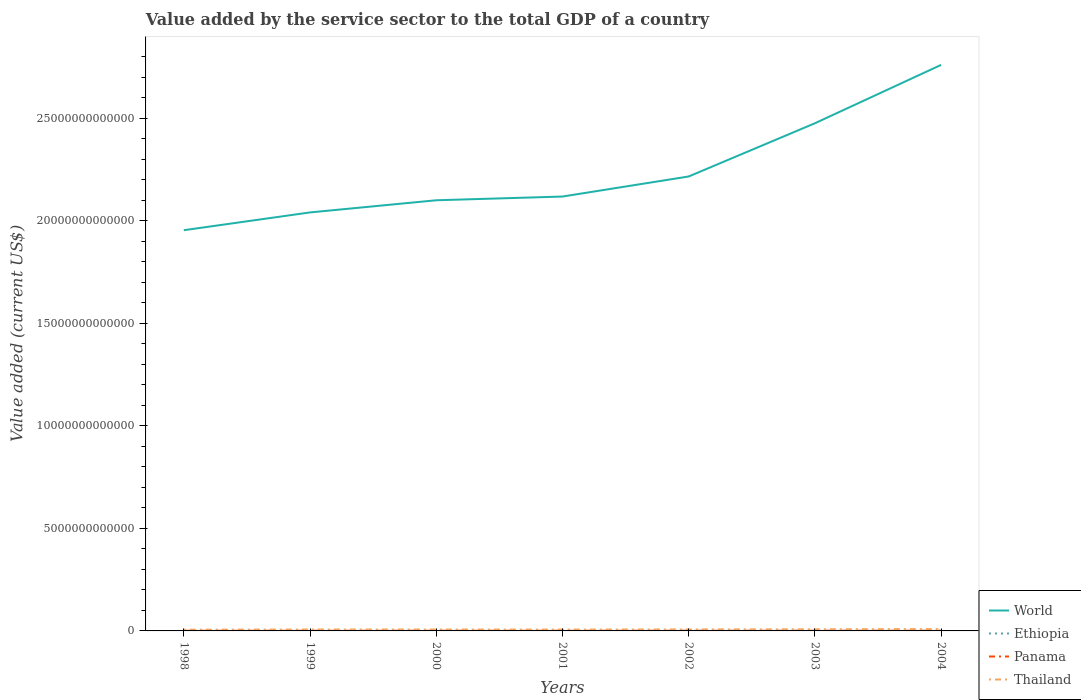
| Years | World | Ethiopia | Panama | Thailand |
 | --- | --- | --- | --- | --- |
 | 1998 | 1.95e+13 | 2.57e+09 | 7.54e+09 | 6.08e+10 |
 | 1999 | 2.04e+13 | 2.76e+09 | 7.82e+09 | 6.91e+10 |
 | 2000 | 2.1e+13 | 3.09e+09 | 8.08e+09 | 6.91e+10 |
 | 2001 | 2.12e+13 | 3.17e+09 | 8.4e+09 | 6.61e+10 |
 | 2002 | 2.22e+13 | 3.25e+09 | 8.82e+09 | 7.29e+10 |
 | 2003 | 2.48e+13 | 3.69e+09 | 9.04e+09 | 7.99e+10 |
 | 2004 | 2.76e+13 | 4.06e+09 | 9.07e+09 | 9.11e+10 |